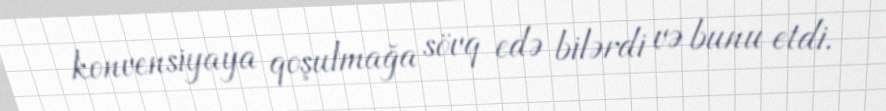
konvensiyaya qoşulmağa sövq edə bilərdi və bunu etdi.